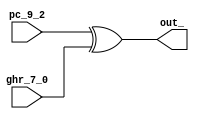
module icc (pc_9_2, ghr_7_0, out_);

    input [7:0] pc_9_2, ghr_7_0;
    output [7:0] out_;

    assign out_ = pc_9_2 ^ ghr_7_0;


endmodule